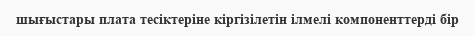
шығыстары плата тесіктеріне кіргізілетін ілмелі компоненттерді бір